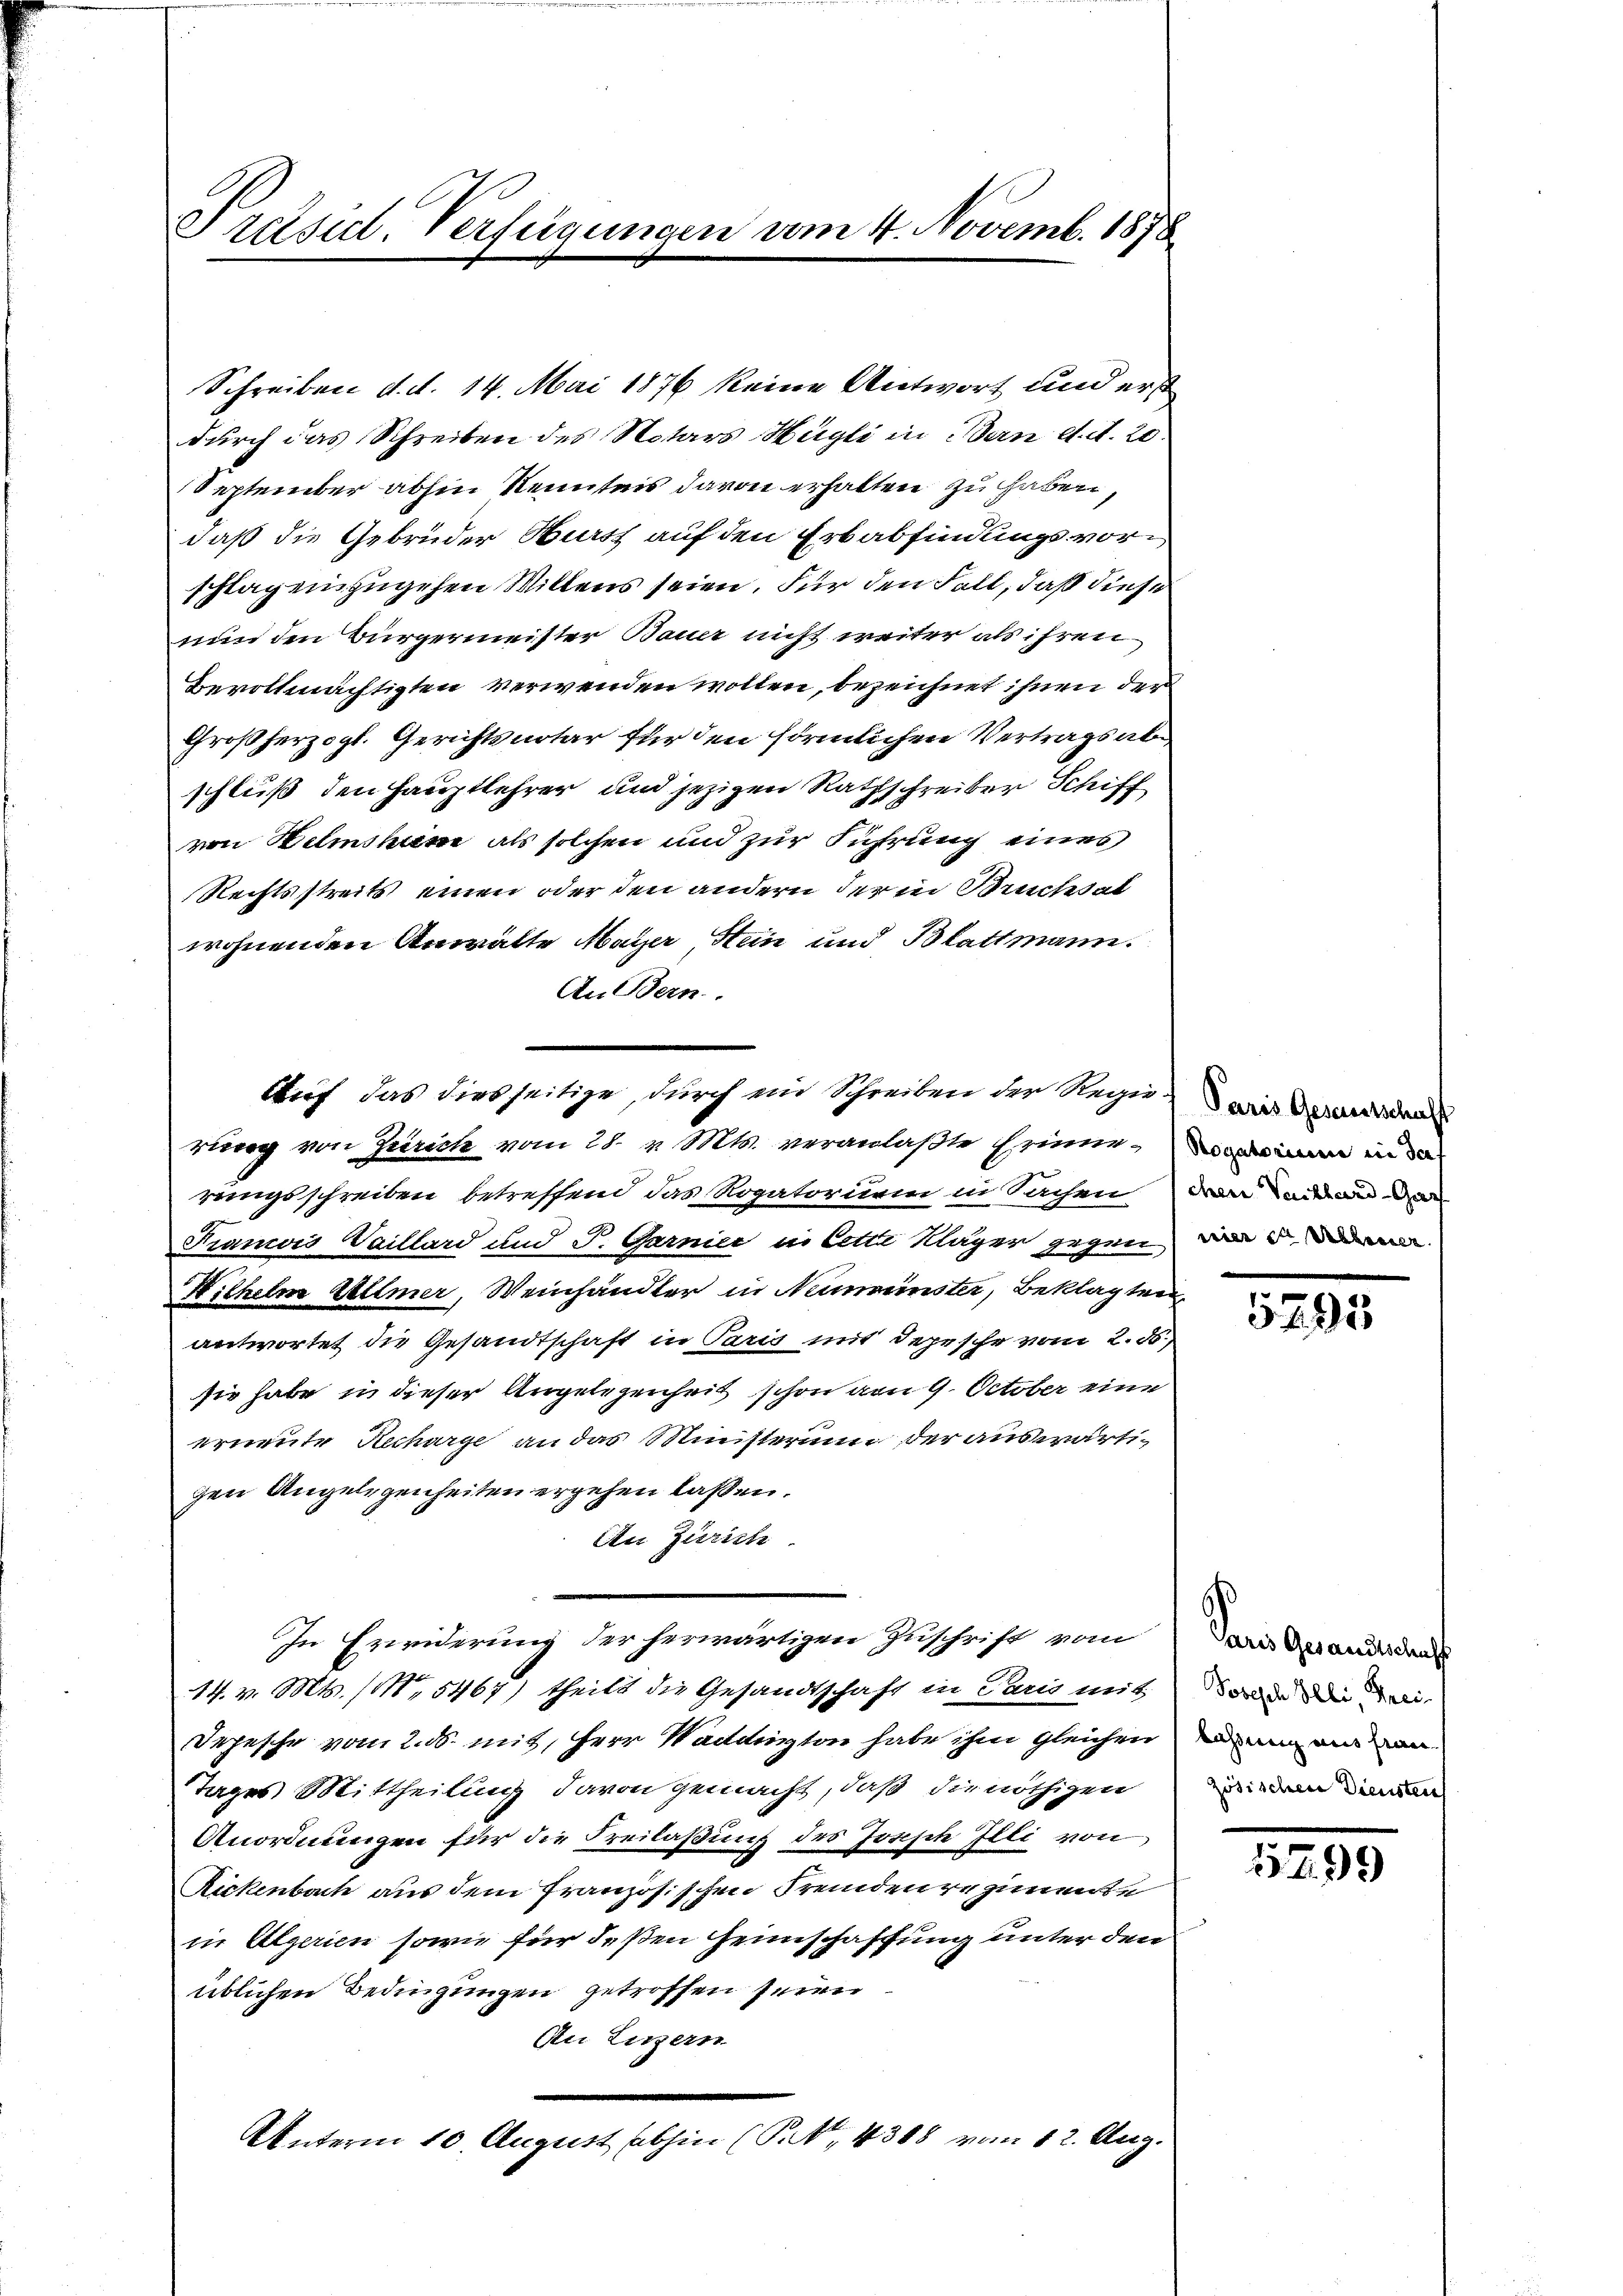
Präsid. Verfügungen am 4. Novemb. 1878

Schreiben d. d. 14. Mai 1876 keine Antwort und erst
durch das Schreiben des Notars Hügli in Bern d. d. 20.
September abhin Kenntnis davon erhalten zu haben,
daß die Gebrüder Hurst auf den Erbabfindungsvorschlag einzugehen Willens seien. Für den Fall, daß diese
nun den Bürgermeister Bauer nicht weiter als ihren
Bevollmächtigten verwenden wollen, bezeichnet ihnen der
Großherzogl. Gerichtsnotar für den förmlichen Vertrags abschluß den Hauptlehrer und jezigen Rathschreiber Schiff
von Helmsheim als solchen und zur Führung eines
Rechtsstreits einen oder den andern der in Bruches al
wohnenden Anwälte Mayer Stein und Blattmann.
An Bern.
rung von Zürich vom 28. v. Mts. veranlaßte Erinne, in in
rungsschreiben betreffend das Rogatorium in Sachen den Land und da
Tramois Kaillard und S. Garnice in Cette Kläger gegen die d
Wilhelm Ullmer, Weinhändler in Nummenster, Beklagten
antwortet die Gesandtschaft in Paris mit depesche vom 2. ds.,
sie habe in dieser Angelegenheit schon von 9. October eine
erneute Recharge an das Ministerium der auswärtigen Angelegenheiten ergehen lassen.
An Zürich
In Erwiderung der herwärtigen Zuschrift vom
14. v. Mts. (15467) theilt die Gesandtschaft in Paris mit
Depesche vom 2. ds. mit, Herr Waddirten habe ihm gleichen denen einen
Tages Mittheilung davon gemacht, daß die nöthigen
Anordnungen für die Freilaßung des Joseph Illi von
Rickenbach aus dem französischen Fremdenregimete
in Algerien sowie für deßen Heinschaffung unter den
üblichen Bedingungen getroffen seien.
An Luzern
Unterm 10. August abhin (S. 4368 vom 12. Aug.

Auf das diesseitige, durch ein Schreiben der Regie weis derenden

5295

Paris Gesandtschaf
Vobesch Elli, Freizösischen Diensten

1285